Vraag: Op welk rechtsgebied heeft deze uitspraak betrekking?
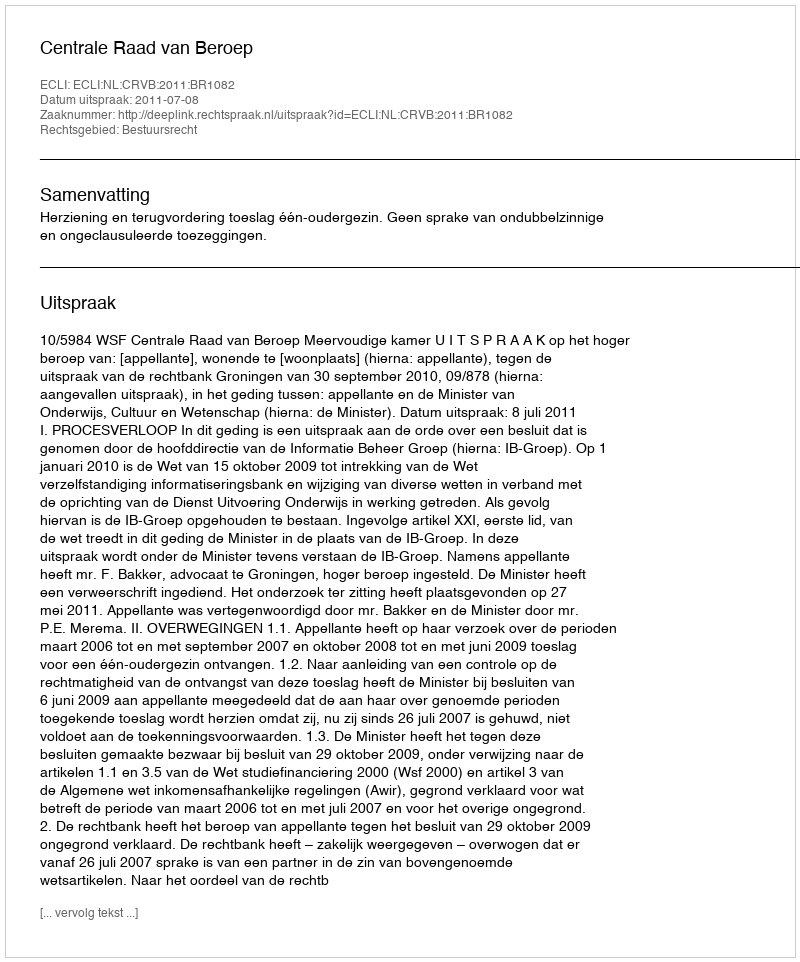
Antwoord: Bestuursrecht